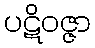
ပဋိဝဇ္ဇာ